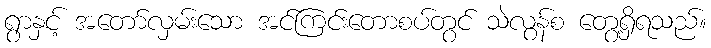
ရွာနှင့် အတော်လှမ်းသော အင်ကြင်းတောစပ်တွင် သဲလွန်စ တွေ့ရှိရသည်။